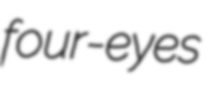
four-eyes